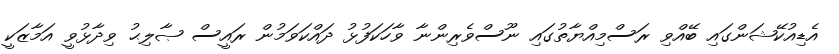
އެޑިއުކޭޝަންގައި ބޭއްވި ރަސްމިއްޔާތުގައި ނޫސްވެރިންނާ ވާހަކަފުޅު ދައްކަވަމުން ރައީސް ޞާލިޙު ވިދާޅުވީ އަމާޒަކީ